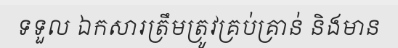
ទទួល ឯកសារត្រឹមត្រូវគ្រប់គ្រាន់ និងមាន